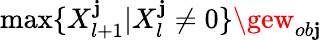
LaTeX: \operatorname*{max}\{ X_{l+1}^{\mathbf{j}}|X_{l}^{\mathbf{j}}\neq0\} \gew_{ob\mathbf{j}}